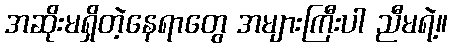
အဆိုးမရှိတဲ့နေရာတွေ အများကြီးပါ ညီမရဲ့။